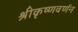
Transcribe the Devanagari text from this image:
श्रीकृष्णवर्णन